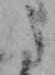
た